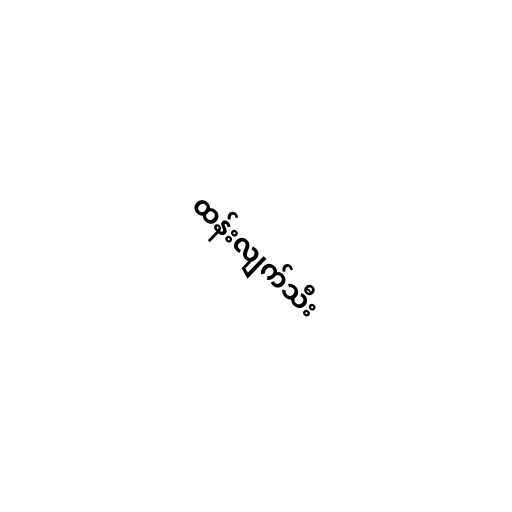
ထန်းလျက်သီး